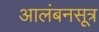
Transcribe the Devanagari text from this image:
आलंबनसूत्र